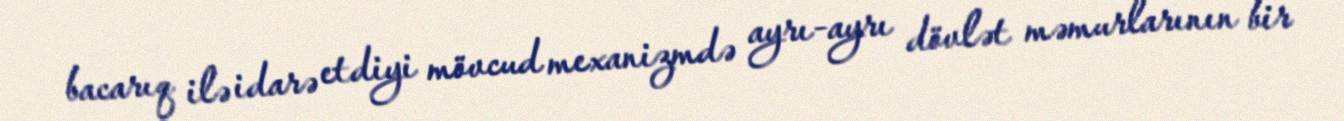
bacarıq ilə idarə etdiyi mövcud mexanizmdə ayrı-ayrı dövlət məmurlarının bir